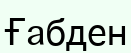
Ғабден